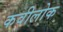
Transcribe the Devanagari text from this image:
कवीलोक